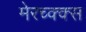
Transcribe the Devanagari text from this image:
मेरच्क्क्स